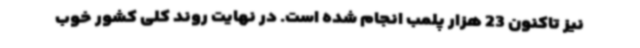
نیز تاکنون 23 هزار پلمب انجام شده است. در نهایت روند کلی کشور خوب